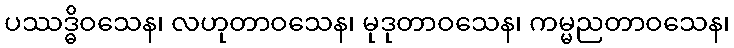
ပဿဒ္ဓိဝသေန၊ လဟုတာဝသေန၊ မုဒုတာဝသေန၊ ကမ္မညတာဝသေန၊